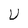
Character: U